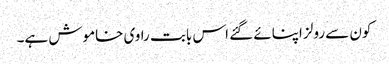
کون سے رولز اپنائے گئے اس بابت راوی خاموش ہے۔